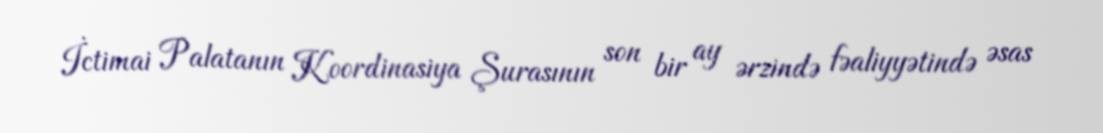
İctimai Palatanın Koordinasiya Şurasının son bir ay ərzində fəaliyyətində əsas